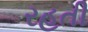
રહતી